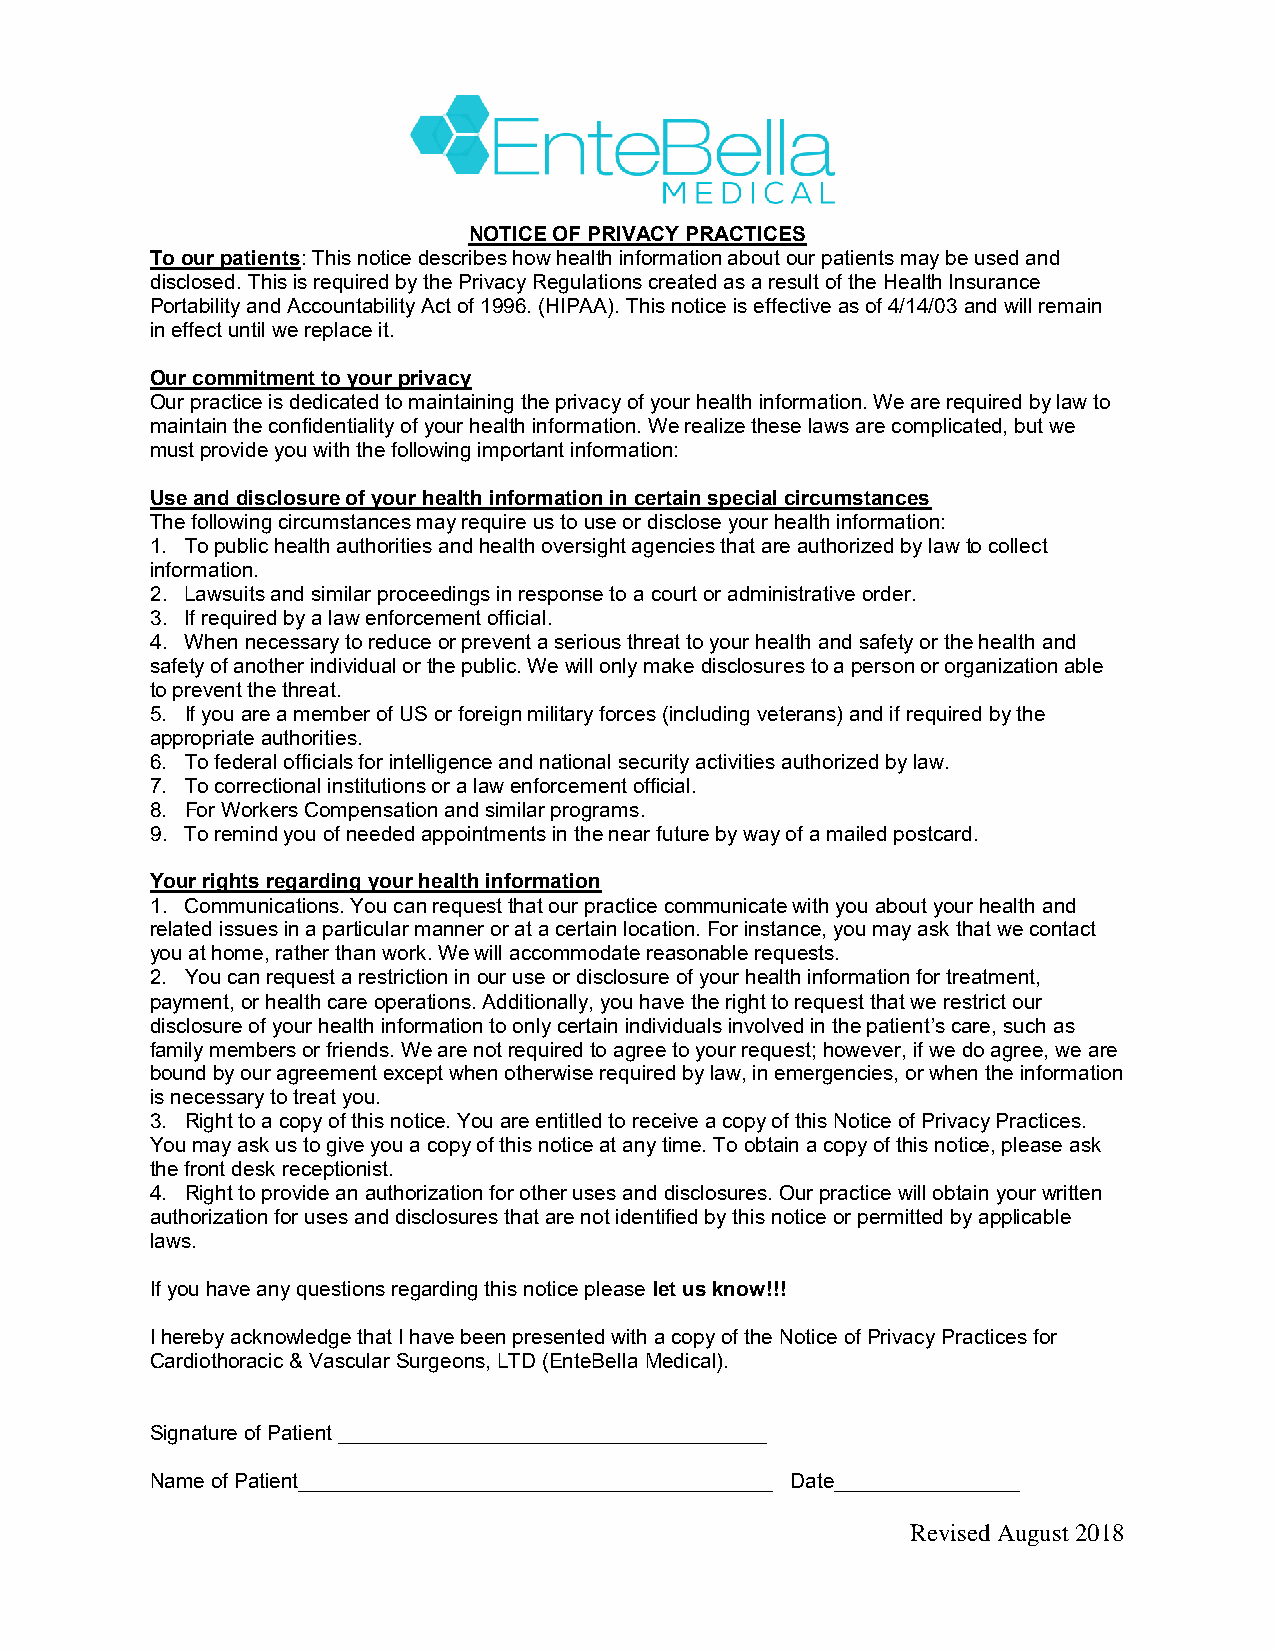
NOTICE OF PRIVACY PRACTICES
 To our patients: This notice describes how health information about our patients may be used and
 disclosed. This is required by the Privacy Regulations created as a result of the Health Insurance
 Portability and Accountability Act of 1996. (HIPAA). This notice is effective as of 4/14/03 and will remain
 in effect until we replace it.
 Our commitment to your privacy
 Our practice is dedicated to maintaining the privacy of your health information. We are required by law to
 maintain the confidentiality of your health information. We realize these laws are complicated, but we
 must provide you with the following important information:
 Use and disclosure of your health information in certain special circumstances
 The following circumstances may require us to use or disclose your health information:
 1. To public health authorities and health oversight agencies that are authorized by law to collect
 information.
 2. Lawsuits and similar proceedings in response to a court or administrative order.
 3. If required by a law enforcement official.
 4. When necessary to reduce or prevent a serious threat to your health and safety or the health and
 safety of another individual or the public. We will only make disclosures to a person or organization able
 to prevent the threat.
 5. If you are a member of US or foreign military forces (including veterans) and if required by the
 appropriate authorities.
 6. To federal officials for intelligence and national security activities authorized by law.
 7. To correctional institutions or a law enforcement official.
 8. For Workers Compensation and similar programs.
 9. To remind you of needed appointments in the near future by way of a mailed postcard.
 Your rights regarding your health information
 1. Communications. You can request that our practice communicate with you about your health and
 related issues in a particular manner or at a certain location. For instance, you may ask that we contact
 you at home, rather than work. We will accommodate reasonable requests.
 2. You can request a restriction in our use or disclosure of your health information for treatment,
 payment, or health care operations. Additionally, you have the right to request that we restrict our
 disclosure of your health information to only certain individuals involved in the patient’s care, such as
 family members or friends. We are not required to agree to your request; however, if we do agree, we are
 bound by our agreement except when otherwise required by law, in emergencies, or when the information
 is necessary to treat you.
 3. Right to a copy of this notice. You are entitled to receive a copy of this Notice of Privacy Practices.
 You may ask us to give you a copy of this notice at any time. To obtain a copy of this notice, please ask
 the front desk receptionist.
 4. Right to provide an authorization for other uses and disclosures. Our practice will obtain your written
 authorization for uses and disclosures that are not identified by this notice or permitted by applicable
 laws.
 If you have any questions regarding this notice please let us know!!!
 I hereby acknowledge that I have been presented with a copy of the Notice of Privacy Practices for
 Cardiothoracic & Vascular Surgeons, LTD (EnteBella Medical).
 Signature of Patient _____________________________________
 Name of Patient_________________________________________ Date________________
 Revised August 2018